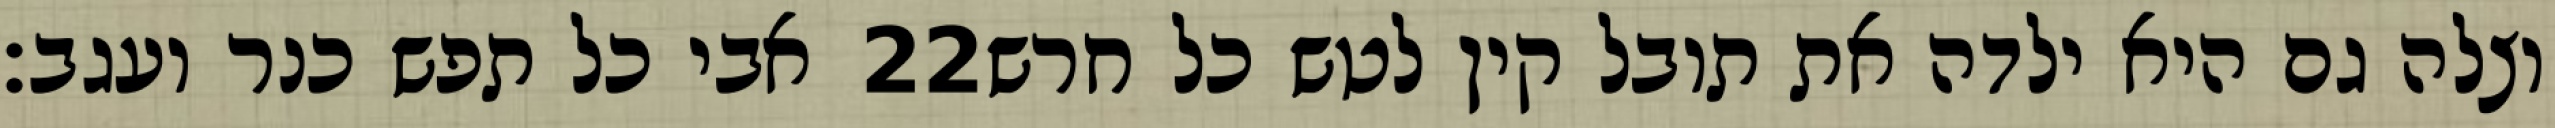
אבי כל תפש כנר ועגב׃ ‎22‏ וצלה גם היא ילדה את תובל קין לטש כל חרש